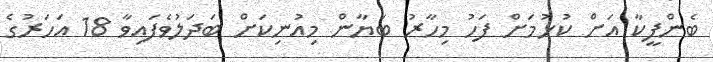
ބެންފީކާ އަށް ކުޅުމަށް ފަހު މިހާރު ބަޔާން މިއުނިކަށް ބަދަލުވެފައިވާ 18 އަހަރުގެ